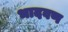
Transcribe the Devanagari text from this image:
भादवण